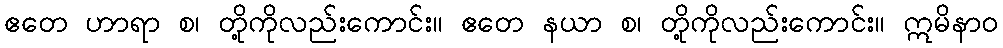
ဧတေ ဟာရာ စ၊ တို့ကိုလည်းကောင်း။ ဧတေ နယာ စ၊ တို့ကိုလည်းကောင်း။ ဣမိနာဝ